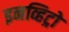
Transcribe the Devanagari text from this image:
इनव्हिट्रो